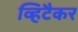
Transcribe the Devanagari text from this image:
व्हिटैकर